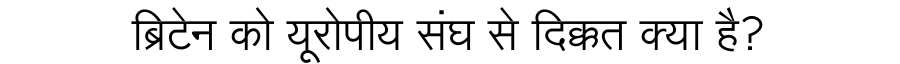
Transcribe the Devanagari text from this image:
ब्रिटेन को यूरोपीय संघ से दिक्कत क्या है?